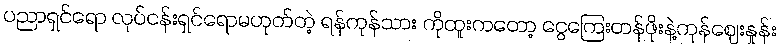
ပညာရှင်ရော လုပ်ငန်းရှင်ရောမဟုတ်တဲ့ ရန်ကုန်သား ကိုထူးကတော့ ငွေကြေးတန်ဖိုးနဲ့ကုန်ဈေးနှုန်း